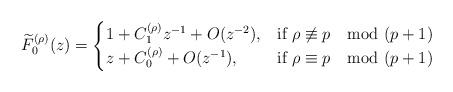
LaTeX: \begin{align*}\widetilde{F}_{0}^{(\rho)}(z)=\begin{cases}1+C_{1}^{(\rho)} z^{-1}+O(z^{-2}), & \mbox{if} \ \rho\not\equiv p \mod (p+1)\\z+C_{0}^{(\rho)}+O(z^{-1}), & \mbox{if} \ \rho\equiv p \mod (p+1)\end{cases}\end{align*}